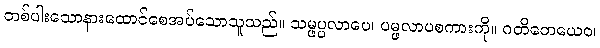
တစ်ပါးသောနားထောင်စေအပ်သောသူသည်။ သမ္ဖပ္ပလာပေ၊ ပမ္ဖလာပစကားကို။ ဂတိတေယေဝ၊